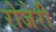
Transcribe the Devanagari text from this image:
रोजेरी